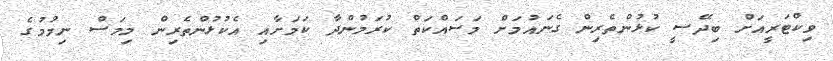
ވިކްޓަރީއަށް ބިދޭސީ ކުޅުންތެރިން ގެނައުމަށް މަސައްކަތް ކުރަމުންދާ ކަމަށާއި އެކުޅުންތެރިން މިމަސް ނިމުމުގެ